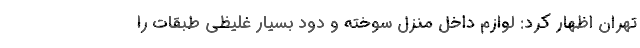
تهران اظهار کرد: لوازم داخل منزل سوخته و دود بسیار غلیظی طبقات را